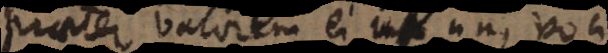
praeter valorem ei uni voci